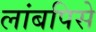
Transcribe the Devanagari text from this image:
लांबपिसे